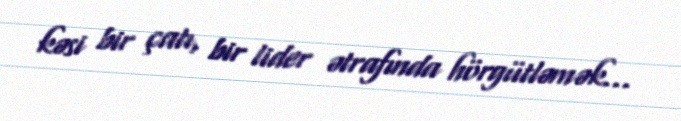
kəsi bir çatı, bir lider ətrafında hörgütləmək...